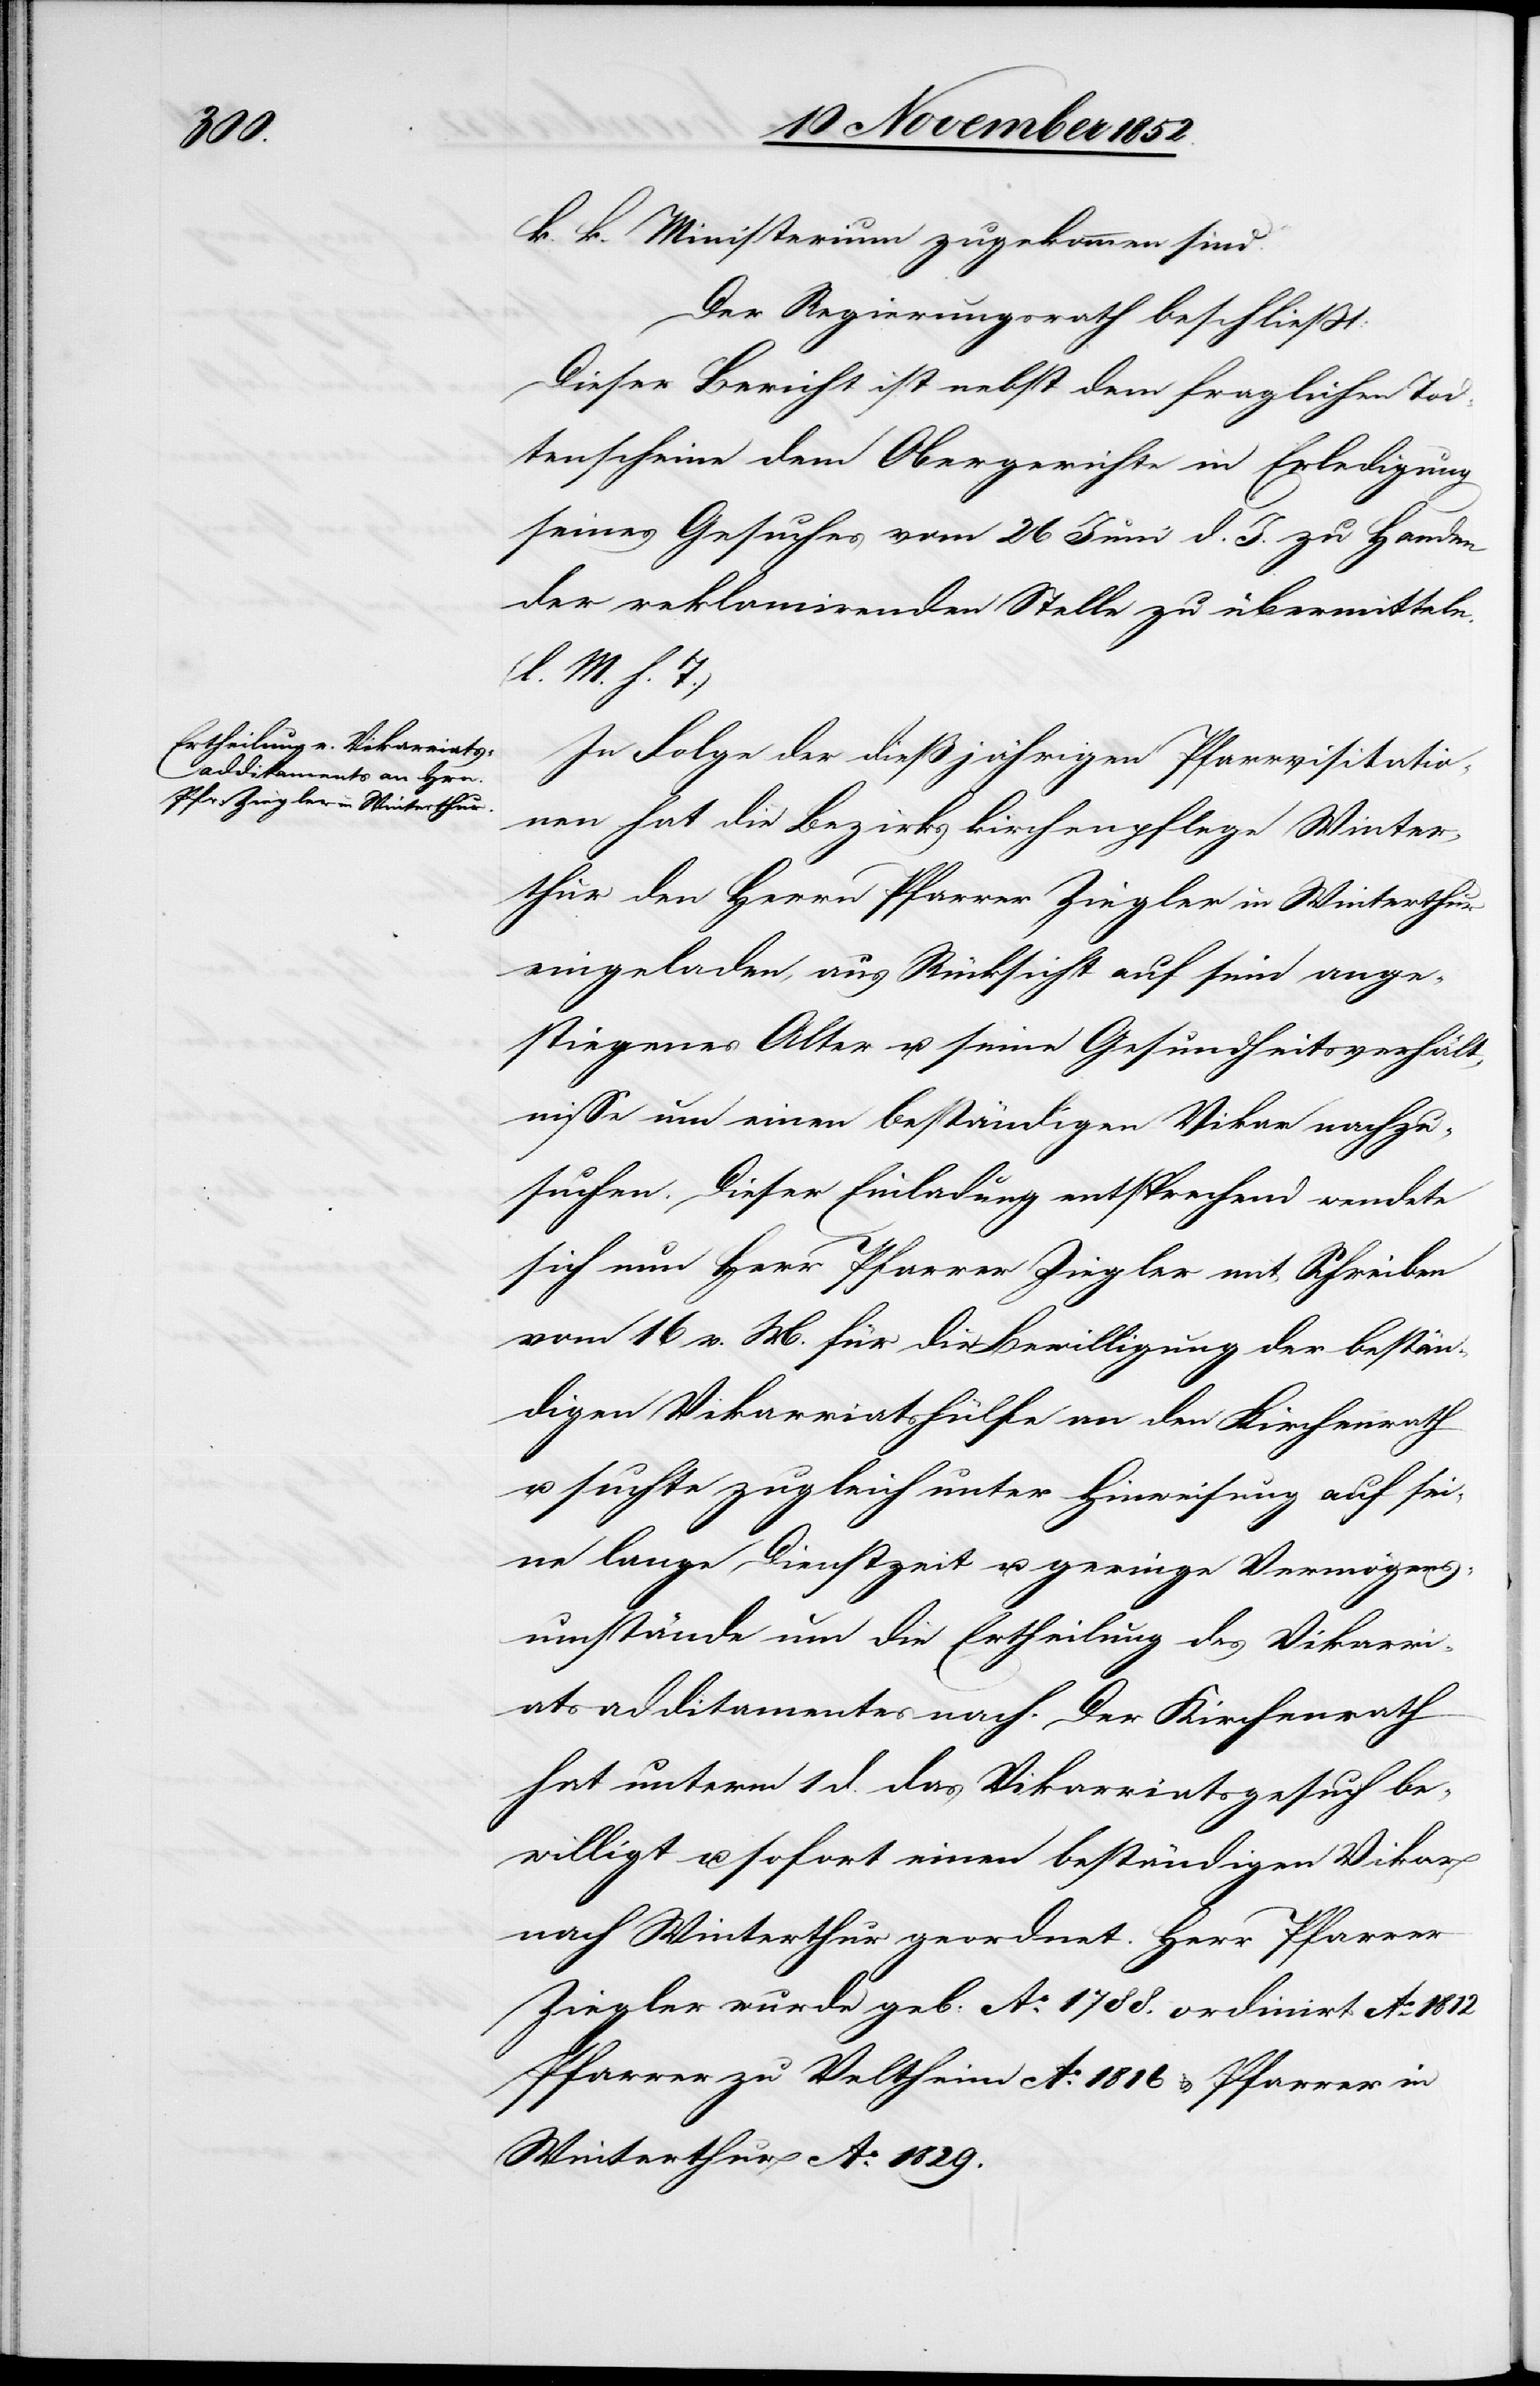
k. k. Ministerium zugekommen sind.
Der Regierungsrath beschließt:
Dieser Bericht ist nebst dem fraglichen Tod¬
tenscheine dem Obergerichte in Erledigung
seines Gesuches vom 26 Juni d. J. zu Handen
der reklamirenden Stelle zu übermitteln.
(l. M. h. T.)
In Folge der dießjährigen Pfarrvisitatio¬
nen hat die Bezirkskirchenpflege Winter¬
thur den Herrn Pfarrer Ziegler in Winterthur
eingeladen, aus Rücksicht auf sein ange¬
stiegenes Alter u. seine Gesundheitsverhält¬
nisse um einen beständigen Vikar nachzu¬
suchen. Dieser Einladung entsprechend wendete
sich nun Herr Pfarrer Ziegler mit Schreiben
vom 16 v. M. für die Bewilligung der bestän¬
digen Vikarriatshülfe an den Kirchenrath
u. suchte zugleich unter Hinweisung auf sei¬
ne lange Dienstzeit u. geringe Vermögens¬
umstände um die Ertheilung des Vikarri¬
atsadditamentes nach. Der Kirchenrath
hat unterm 1 d. das Vikarriatsgesuch be¬
willigt u. sofort einen beständigen Vikar
nach Winterthur geordnet. Herr Pfarrer
Ziegler wurde geb: Ao. 1788.[,] ordinirt Ao. 1812[,]
Pfarrer zu Veltheim Ao. 1816 & Pfarrer in
Winterthur Ao. 1829.